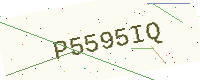
Text: P5595IQ